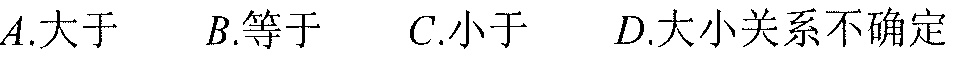
\(A.\)大于  \(B.\)等于  \(C.\)小于  \(D.\)大小关系不确定